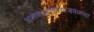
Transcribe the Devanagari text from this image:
अलेक्झांड्रियाजवळच्या